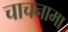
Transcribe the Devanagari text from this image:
चाचनामा